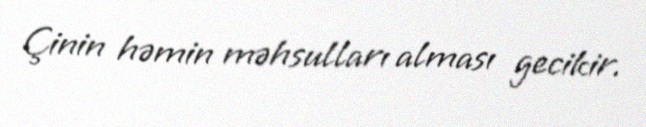
Çinin həmin məhsulları alması gecikir.